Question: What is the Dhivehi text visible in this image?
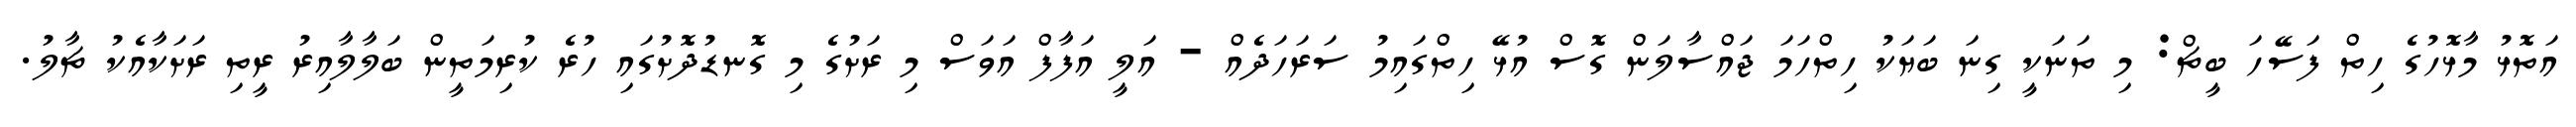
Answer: އަތޮޅު މާޅޮހުގެ ހިތް ފަސޭހަ ބީޗް: މި ތަނަކީ ގިނަ ބަޔަކު ހިތްހަމަ ޖައްސާލަން ގޮސް އުޅޭ ހިތްގައިމު ސަރަހަދެއް - އަލީ އަފާފް އަވަސް މި ރަށުގެ މި ގޮނޑުދޮށުގައި ހުރެ ކުރިމަތީން ބަލާލާއިރު ރީތި ރަށަކާއެކު ޗާލު.